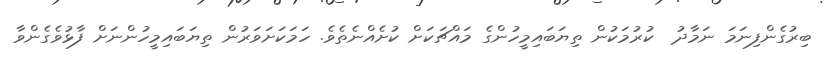
ބިރުގެންފިނަމަ ނަމާދު  ކުރުމަކުން ތިޔަބައިމީހުންގެ މައްޗަކަށް ކުށެއްނެތެވެ. ހަމަކަށަވަރުން ތިޔަބައިމީހުންނަށް ފާޅުވެގެންވާ